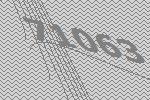
71063